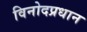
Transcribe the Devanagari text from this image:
विनोदप्रधान